Annual report of the Punjab Veterinary College and of the Civil Veterinary Department, Punjab - 1926-1932
Year: 1926
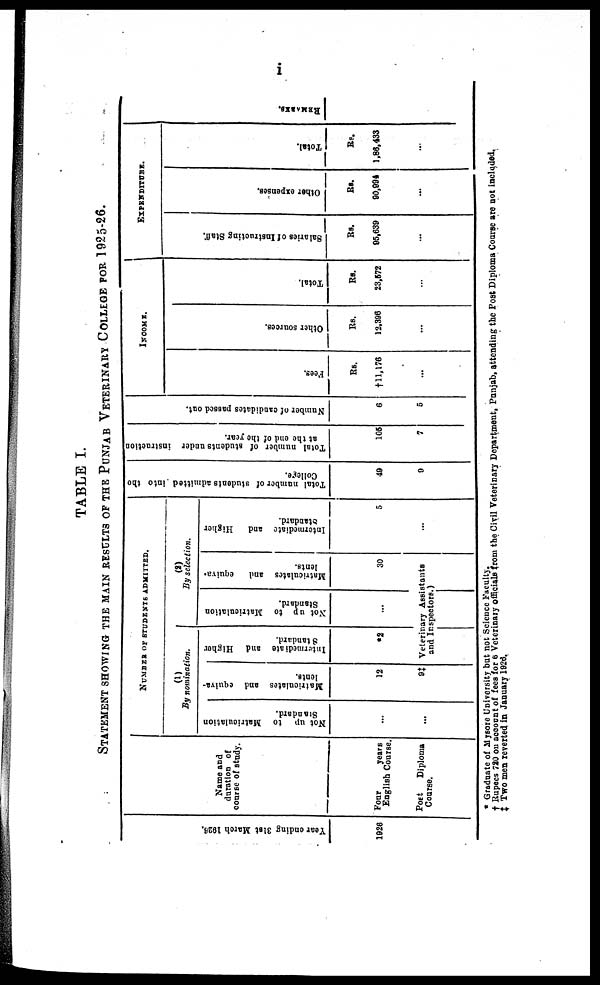
TABLE I.
STATEMENT SHOWING THE MAIN RESULTS OF THE PUNJAB VETERINARY COLLEGE FOR 1925-26.
Year ending 31st March 1928.
1926
Name and
duration of
course of study.
Four
years
English Course.
Post Diploma
Course.
NUMBER OF STUDENTS ADMITTED.
(1)
By nomination.
Not up to Matriculation
Standard.
...
...
Matriculates and equiva-
lents.
12
9‡
Intermediate and Higher
Standard.
*2
(2)
By selection.
Not up to Matriculation
Standard.
...
Matriculates
and equiva-
lents.
30
Veterinary Assistants
and Inspectors.)
Intermediate and Higher
standard.
5
...
Total number of students admitted into the
College.
49
9
Total number of students under instruction
at the end of the year.
105
7
Number of candidates passed out.
6
5
INCOME.
Fees.
Rs.
†11,176
...
Ot her s our ces .
Rs.
12,396
...
Tot al .
Rs.
23,572
...
EXPENDITURE.
Sal ar i
es of I ns t
r uct i
ng Staff.
Rs.
05,639
...
Ot her e xpe ns e s .
Rs.
90,994
...
Tot al .
Rs.
1,86,433
...
REMARKS.
* Graduate of Mysore University but not Science Faculty.
† Rupees 720 on account of fees for 6 Veterinary officials from the Civil Veterinary Department, Punjab, attending the Post Diploma Course are not included.
‡ Two men reverted in January 1926.